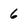
Character: 6